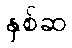
နှစ်ဆ